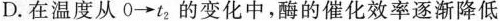
D.在温度从0→t2的变化中，酶的催化效率逐渐降低